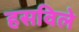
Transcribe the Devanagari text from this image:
हसविले